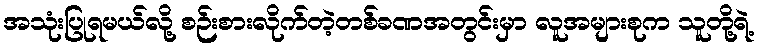
အသုံးပြုရမယ်လို့ စဉ်းစားလိုက်တဲ့တစ်ခဏအတွင်းမှာ လူအများစုက သူတို့ရဲ့